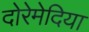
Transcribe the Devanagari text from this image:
दोरेमेदिया